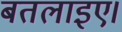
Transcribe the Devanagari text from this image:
बतलाइए।